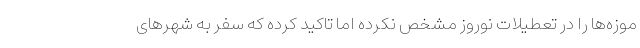
موزه‌ها را در تعطیلات نوروز مشخص نکرده اما تاکید کرده که سفر به شهرهای